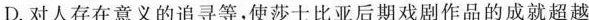
D.对人存在意义的追寻等，使莎士比亚后期戏剧作品的成就超越